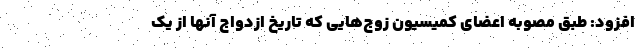
افزود: طبق مصوبه اعضای کمیسیون زوج‌هایی که تاریخ ازدواج آنها از یک